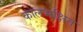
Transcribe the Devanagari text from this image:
कालभक्षित